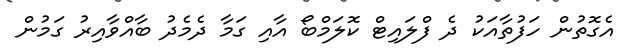
އެގޮތުން ހަފުތާއަކު ދެ ފްލައިޓް ކޮލަމްބޯ އާއި ގަމާ ދެމެދު ބާއްވާއިރު ގަމުން